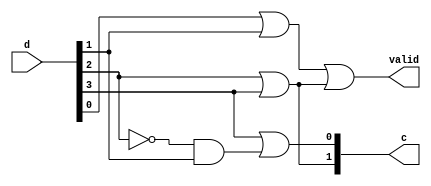
// Gate level description of 4 bit priority encoder
module priority_encoder_gate(valid, c, d);
    output valid;
    output [1:0] c;
    input [3:0] d;
    wire w1, w2;

    //c[1] = x, c[0] = y
    //x = d[2] + d[3]
    or m1(c[1], d[2], d[3]);
    
    //y = d[3] + d[1]d[2]'
    not m2(w1, d[2]);
    and m3(w2, w1, d[1]);
    or m4(c[0], d[3], w2);

    //output for valid
    or(valid, d[0], d[1], c[1]);

endmodule

module priority_encoder_gate_tb;
    reg [3:0] in;
    wire [1:0] f;
    wire v;
    //Instantiate UUT
    priority_encoder_gate UUT(v, f, in);

    //stimulus block
    initial
        begin
            in = 4'b0000;
            repeat(15) #10 in = in + 1'b1;
        end
    initial $monitor("input = %b, valid = %b, output = %b", in, v, f);
endmodule